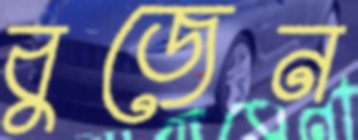
বুজেন